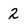
Character: 2